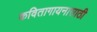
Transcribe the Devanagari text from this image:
कवितागायनासाठी